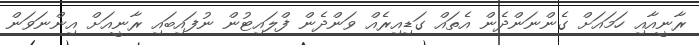
ރާނީއާއި ހަމައަށް ގެންނަންދެން އެތައް ގަޑިއިރެއް ވަންދެން ފްލައިޓުން ނުފައިބައި ރާނީއަށް އިންނަވަން